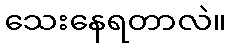
သေးနေရတာလဲ။